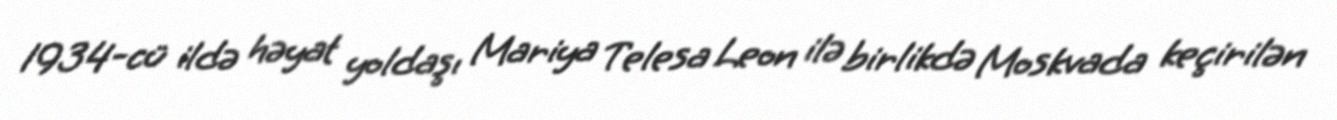
1934-cü ildə həyat yoldaşı Mariya Telesa Leon ilə birlikdə Moskvada keçirilən